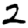
Digit: 2